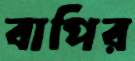
বাপির